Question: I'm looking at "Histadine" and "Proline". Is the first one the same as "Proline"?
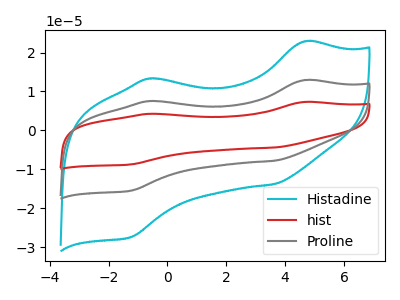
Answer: <think>The cyan curve "Histadine" has anodic peaks at (4.65V, 22.85uA) (-0.60V, 13.30uA) and cathodic peaks at (3.60V, -13.80uA) (-1.25V, -27.45uA). The red curve "hist" has anodic peaks at (4.65V, 25.80uA) (-0.60V, 15.05uA) and cathodic peaks at (3.60V, -15.60uA) (-1.25V, -31.00uA). The gray curve "Proline" has anodic peaks at (4.65V, 12.90uA) (-0.60V, 7.55uA) and cathodic peaks at (3.60V, -7.80uA) (-1.25V, -15.50uA).
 All the peaks in "Histadine" have a peak in "Proline" at the same potential. Every peak in "Histadine" is higher than every peak in "Proline".</think>
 <answer>"Histadine" and "Proline" are similar in shape.</answer>
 <eval>same_shape</eval>